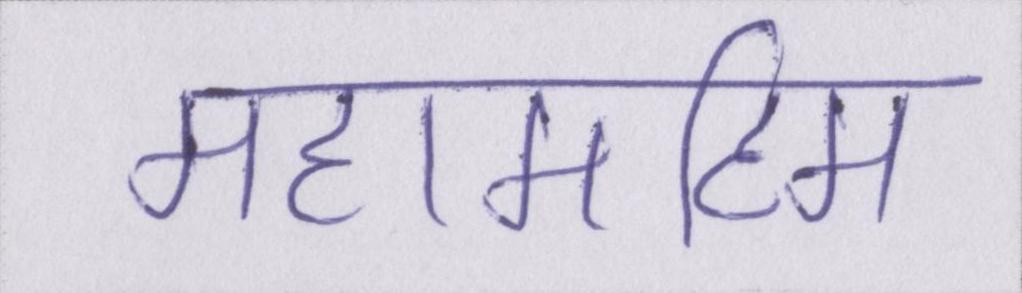
महामहिम